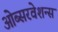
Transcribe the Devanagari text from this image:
ओब्सरवेशन्स